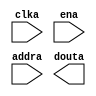
module ROM3(
  clka,
  ena,
  addra,
  douta
);

input clka;
input ena;
input [11 : 0] addra;
output [7 : 0] douta;

// synthesis translate_off

  BLK_MEM_GEN_V6_1 #(
    .C_ADDRA_WIDTH(12),
    .C_ADDRB_WIDTH(12),
    .C_ALGORITHM(1),
    .C_AXI_ID_WIDTH(4),
    .C_AXI_SLAVE_TYPE(0),
    .C_AXI_TYPE(1),
    .C_BYTE_SIZE(9),
    .C_COMMON_CLK(0),
    .C_DEFAULT_DATA("0"),
    .C_DISABLE_WARN_BHV_COLL(0),
    .C_DISABLE_WARN_BHV_RANGE(0),
    .C_FAMILY("spartan3"),
    .C_HAS_AXI_ID(0),
    .C_HAS_ENA(1),
    .C_HAS_ENB(0),
    .C_HAS_INJECTERR(0),
    .C_HAS_MEM_OUTPUT_REGS_A(0),
    .C_HAS_MEM_OUTPUT_REGS_B(0),
    .C_HAS_MUX_OUTPUT_REGS_A(0),
    .C_HAS_MUX_OUTPUT_REGS_B(0),
    .C_HAS_REGCEA(0),
    .C_HAS_REGCEB(0),
    .C_HAS_RSTA(0),
    .C_HAS_RSTB(0),
    .C_HAS_SOFTECC_INPUT_REGS_A(0),
    .C_HAS_SOFTECC_OUTPUT_REGS_B(0),
    .C_INIT_FILE_NAME("ROM3.mif"),
    .C_INITA_VAL("0"),
    .C_INITB_VAL("0"),
    .C_INTERFACE_TYPE(0),
    .C_LOAD_INIT_FILE(1),
    .C_MEM_TYPE(3),
    .C_MUX_PIPELINE_STAGES(0),
    .C_PRIM_TYPE(1),
    .C_READ_DEPTH_A(4096),
    .C_READ_DEPTH_B(4096),
    .C_READ_WIDTH_A(8),
    .C_READ_WIDTH_B(8),
    .C_RST_PRIORITY_A("CE"),
    .C_RST_PRIORITY_B("CE"),
    .C_RST_TYPE("SYNC"),
    .C_RSTRAM_A(0),
    .C_RSTRAM_B(0),
    .C_SIM_COLLISION_CHECK("ALL"),
    .C_USE_BYTE_WEA(0),
    .C_USE_BYTE_WEB(0),
    .C_USE_DEFAULT_DATA(0),
    .C_USE_ECC(0),
    .C_USE_SOFTECC(0),
    .C_WEA_WIDTH(1),
    .C_WEB_WIDTH(1),
    .C_WRITE_DEPTH_A(4096),
    .C_WRITE_DEPTH_B(4096),
    .C_WRITE_MODE_A("WRITE_FIRST"),
    .C_WRITE_MODE_B("WRITE_FIRST"),
    .C_WRITE_WIDTH_A(8),
    .C_WRITE_WIDTH_B(8),
    .C_XDEVICEFAMILY("spartan3e")
  )
  inst (
    .CLKA(clka),
    .ENA(ena),
    .ADDRA(addra),
    .DOUTA(douta),
    .RSTA(),
    .REGCEA(),
    .WEA(),
    .DINA(),
    .CLKB(),
    .RSTB(),
    .ENB(),
    .REGCEB(),
    .WEB(),
    .ADDRB(),
    .DINB(),
    .DOUTB(),
    .INJECTSBITERR(),
    .INJECTDBITERR(),
    .SBITERR(),
    .DBITERR(),
    .RDADDRECC(),
    .S_ACLK(),
    .S_ARESETN(),
    .S_AXI_AWID(),
    .S_AXI_AWADDR(),
    .S_AXI_AWLEN(),
    .S_AXI_AWSIZE(),
    .S_AXI_AWBURST(),
    .S_AXI_AWVALID(),
    .S_AXI_AWREADY(),
    .S_AXI_WDATA(),
    .S_AXI_WSTRB(),
    .S_AXI_WLAST(),
    .S_AXI_WVALID(),
    .S_AXI_WREADY(),
    .S_AXI_BID(),
    .S_AXI_BRESP(),
    .S_AXI_BVALID(),
    .S_AXI_BREADY(),
    .S_AXI_ARID(),
    .S_AXI_ARADDR(),
    .S_AXI_ARLEN(),
    .S_AXI_ARSIZE(),
    .S_AXI_ARBURST(),
    .S_AXI_ARVALID(),
    .S_AXI_ARREADY(),
    .S_AXI_RID(),
    .S_AXI_RDATA(),
    .S_AXI_RRESP(),
    .S_AXI_RLAST(),
    .S_AXI_RVALID(),
    .S_AXI_RREADY(),
    .S_AXI_INJECTSBITERR(),
    .S_AXI_INJECTDBITERR(),
    .S_AXI_SBITERR(),
    .S_AXI_DBITERR(),
    .S_AXI_RDADDRECC()
  );

// synthesis translate_on

endmodule